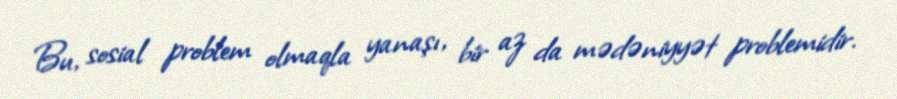
Bu, sosial problem olmaqla yanaşı, bir az da mədəniyyət problemidir.